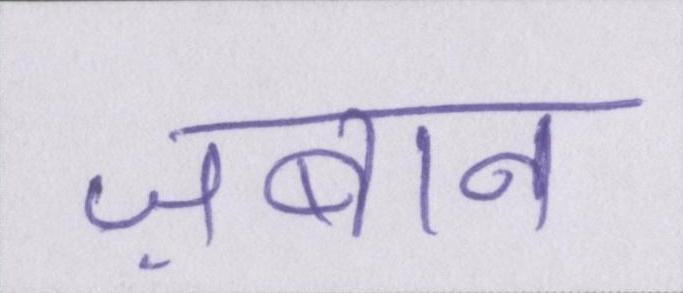
ज़बान